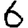
Digit: 6